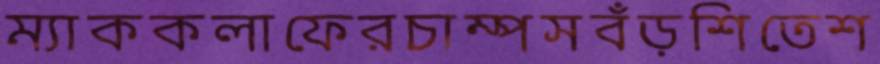
ম্যাককলাফেরচাম্পসবঁড়শিতেশ